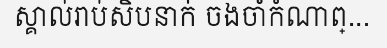
ស្គាល់រាប់សិបនាក់ ចងចាំកំណាព្...